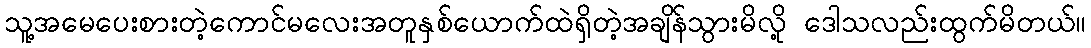
သူ့အမေပေးစားတဲ့ကောင်မလေးအတူနှစ်ယောက်ထဲရှိတဲ့အချိန်သွားမိလို့ ဒေါသလည်းထွက်မိတယ်။